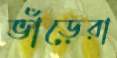
ভাঁড়েরা